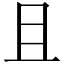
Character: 且